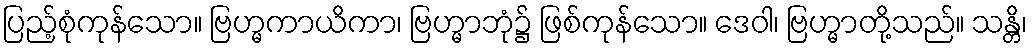
ပြည့်စုံကုန်သော။ ဗြဟ္မကာယိကာ၊ ဗြဟ္မာဘုံ၌ ဖြစ်ကုန်သော။ ဒေဝါ၊ ဗြဟ္မာတို့သည်။ သန္တိ၊